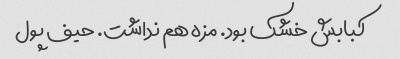
کبابش خشک بود. مزه هم نداشت. حیف پول